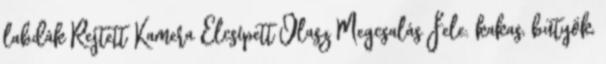
labdák Rejtett Kamera Elcsípett Olasz Megcsalás Fele. kakas, bütyök,